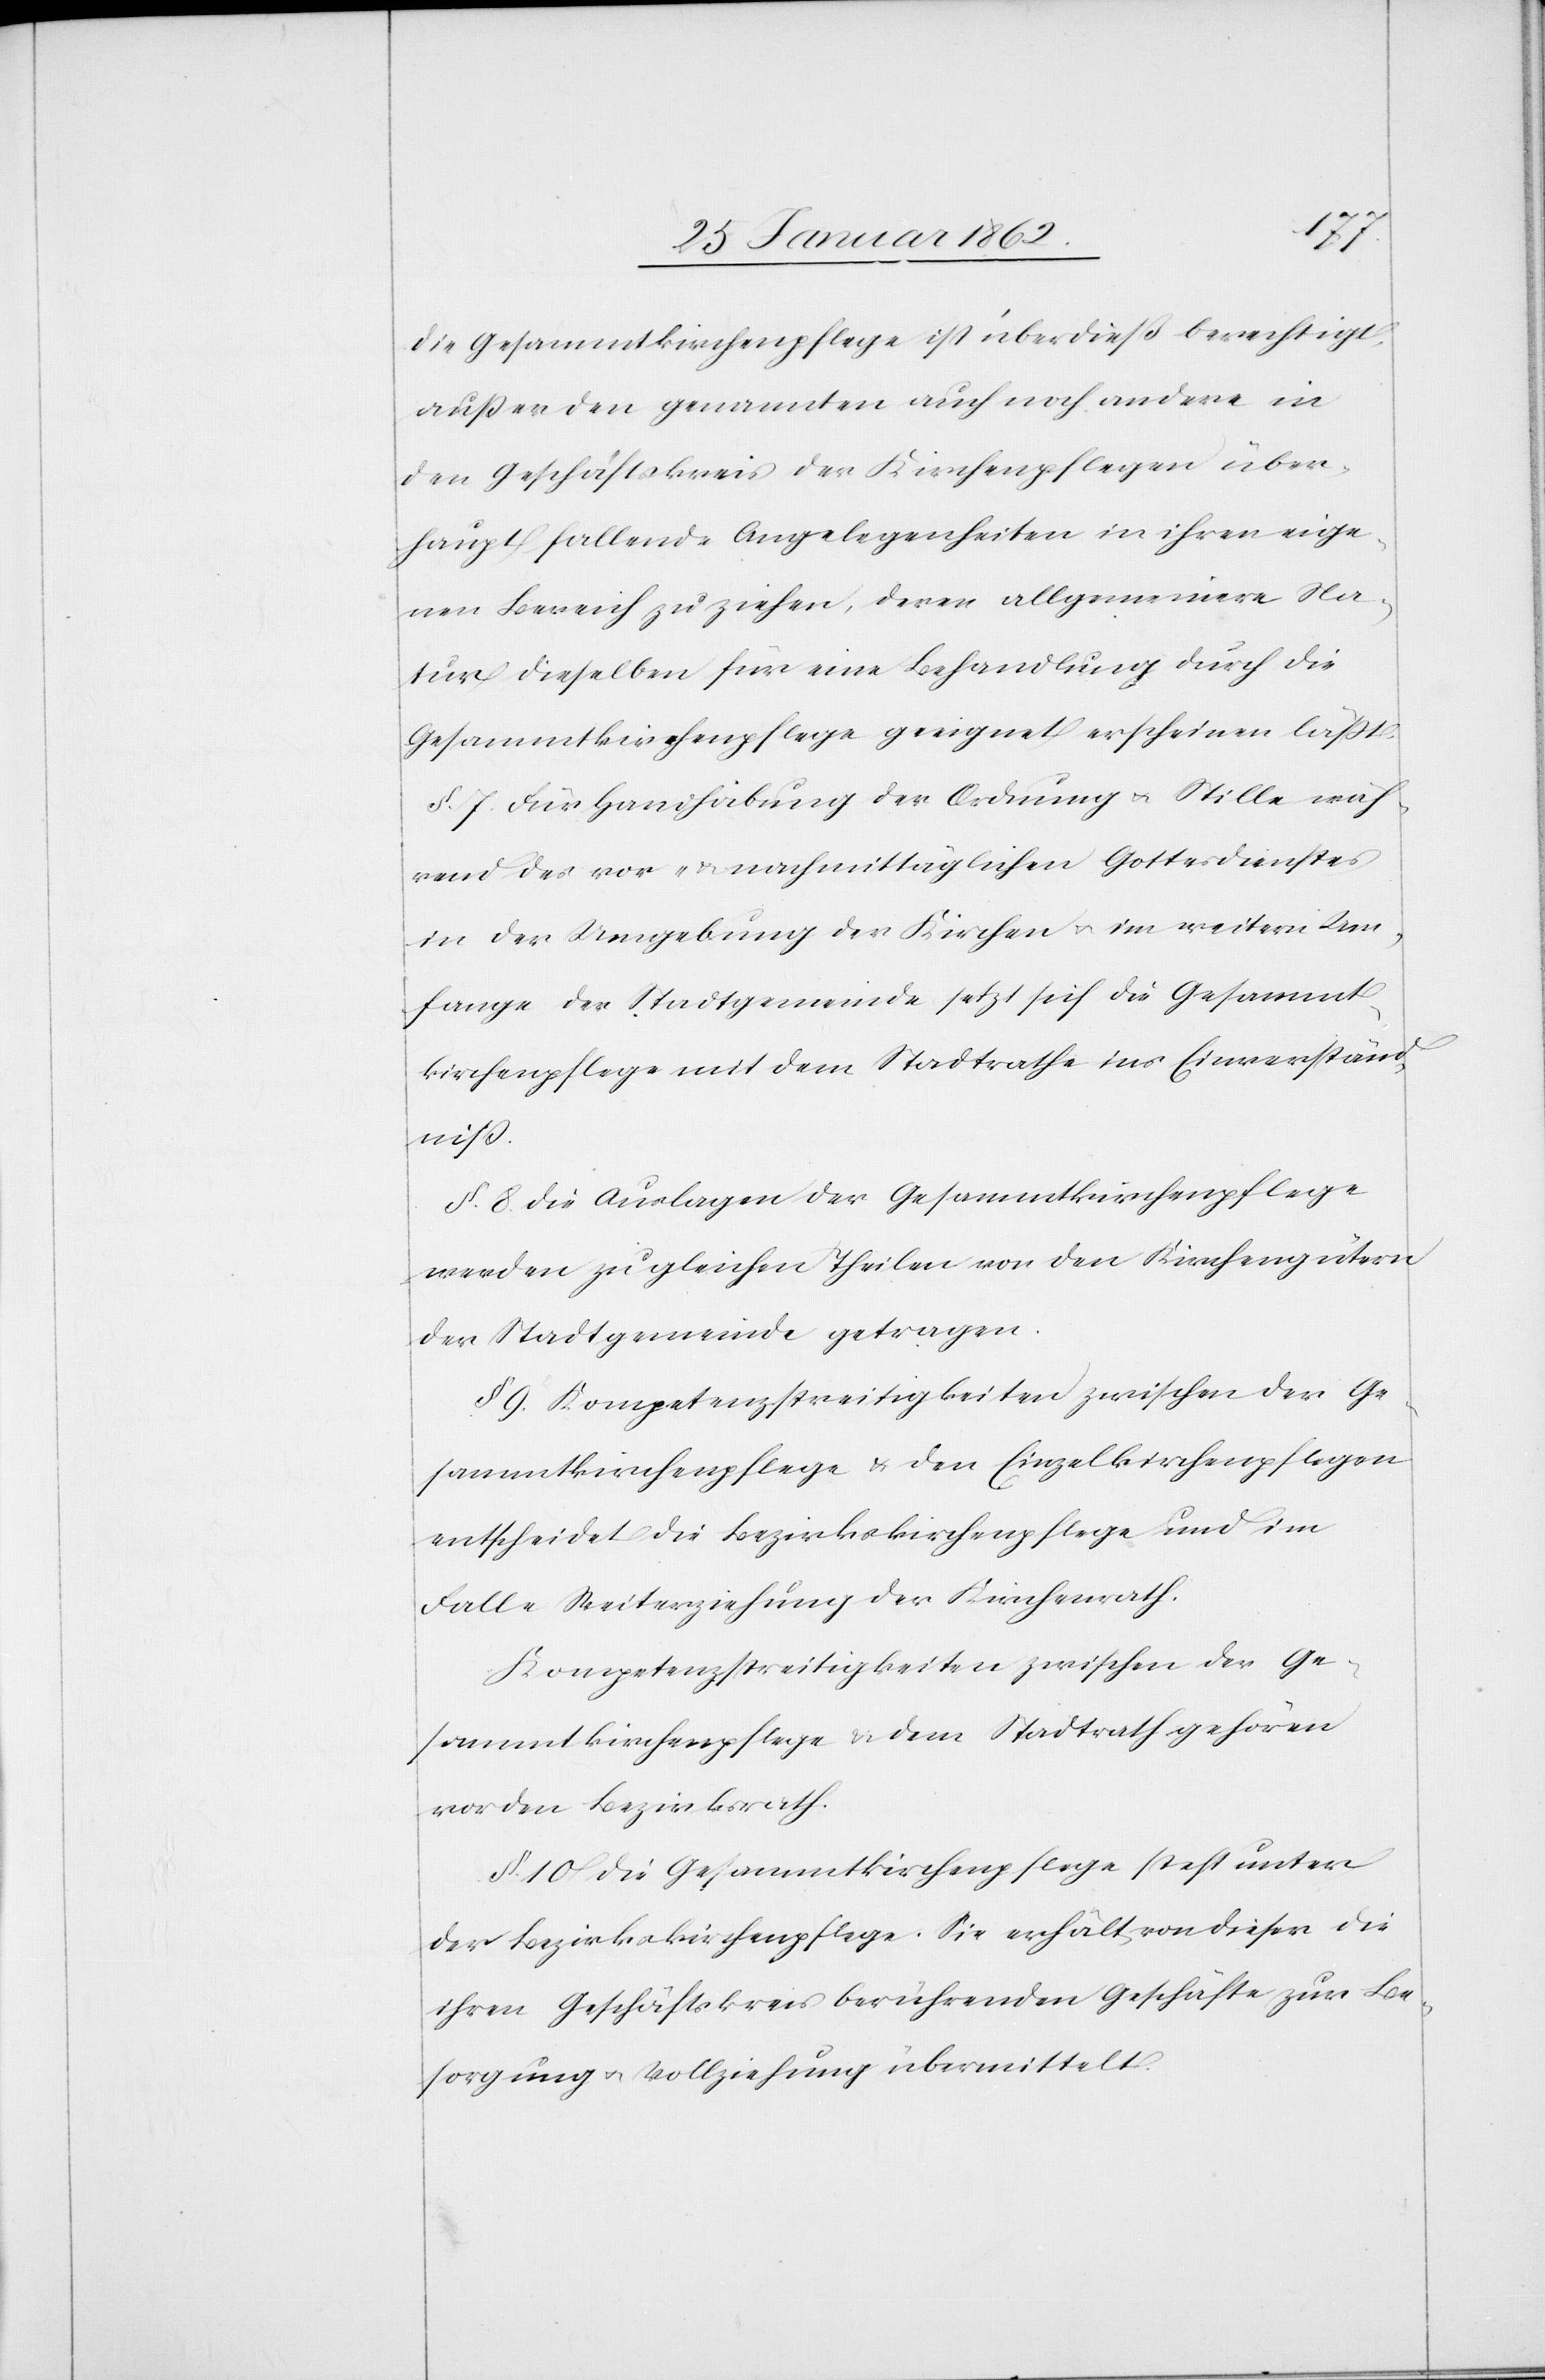
Die Gesammtkirchenpflege ist überdieß berechtigt,
außer den genannten auch noch andere in
den Geschäftskreis der Kirchenpflegen über¬
haupt fallende Angelegenheiten in ihren eige¬
nen Bereich zu ziehen, deren allgemeinere Na¬
tur dieselben für eine Behandlung durch die
Gesammtkirchenpflege geeignet erscheinen läßt.
§. 7. Für Handhabung der Ordnung u. Stille wäh¬
rend des vor- und nachmittäglichen Gottesdienstes
in der Umgebung der Kirchen u. im weitern Um¬
fange der Stadtgemeinde setzt sich die Gesammt¬
kirchenpflege mit dem Stadtrathe ins Einverständ¬
niß.
§. 8. Die Auslagen der Gesammtkirchenpflege
werden zu gleichen Theilen von den Kirchengütern
der Stadtgemeinde getragen.
§. 9. Kompetenzstreitigkeiten zwischen der Ge¬
sammtkirchenpflege u. den Einzelkirchenpflegen
entscheidet die Bezirkskirchenpflege und im
Falle Weiterziehung der Kirchenrath.
Kompetenzstreitigkeiten zwischen der Ge¬
sammtkirchenpflege & dem Stadtrath gehören
vor den Bezirksrath.
§. 10. Die Gesammtkirchenpflege steht unter
der Bezirkskirchenpflege. Sie erhält von dieser die
ihren Geschäftskreis berührenden Geschäfte zur Be¬
sorgung u. Vollziehung übermittelt.